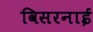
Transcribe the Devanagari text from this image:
विसरनाई